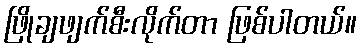
ဖြိုချဖျက်စီးလိုက်တာ ဖြစ်ပါတယ်။